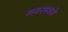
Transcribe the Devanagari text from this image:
नगरमध्ये